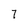
Character: 7